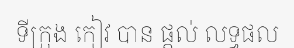
ទីក្រុង កៀវ បាន ផ្តល់ លទ្ធផល